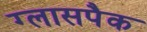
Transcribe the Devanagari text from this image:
ग्लासपैक